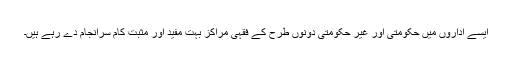
ایسے اداروں میں حکومتی اور غیر حکومتی دونوں طرح کے فقہی مراکز بہت مفید اور مثبت کام سرانجام دے رہے ہیں۔